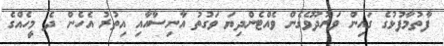
ފާތުމާފުޅުގެ ގައިން ވަރުދޫވެގެން ވެއްޓެންދިޔަ ވަގުތު އާނިސާއާއި އިތުރު އެހެން ދެ މީހެއްގެ